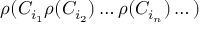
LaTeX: \rho ( C _ { i _ { 1 } } \rho ( C _ { i _ { 2 } } ) \dots \rho ( C _ { i _ { n } } ) \dots )